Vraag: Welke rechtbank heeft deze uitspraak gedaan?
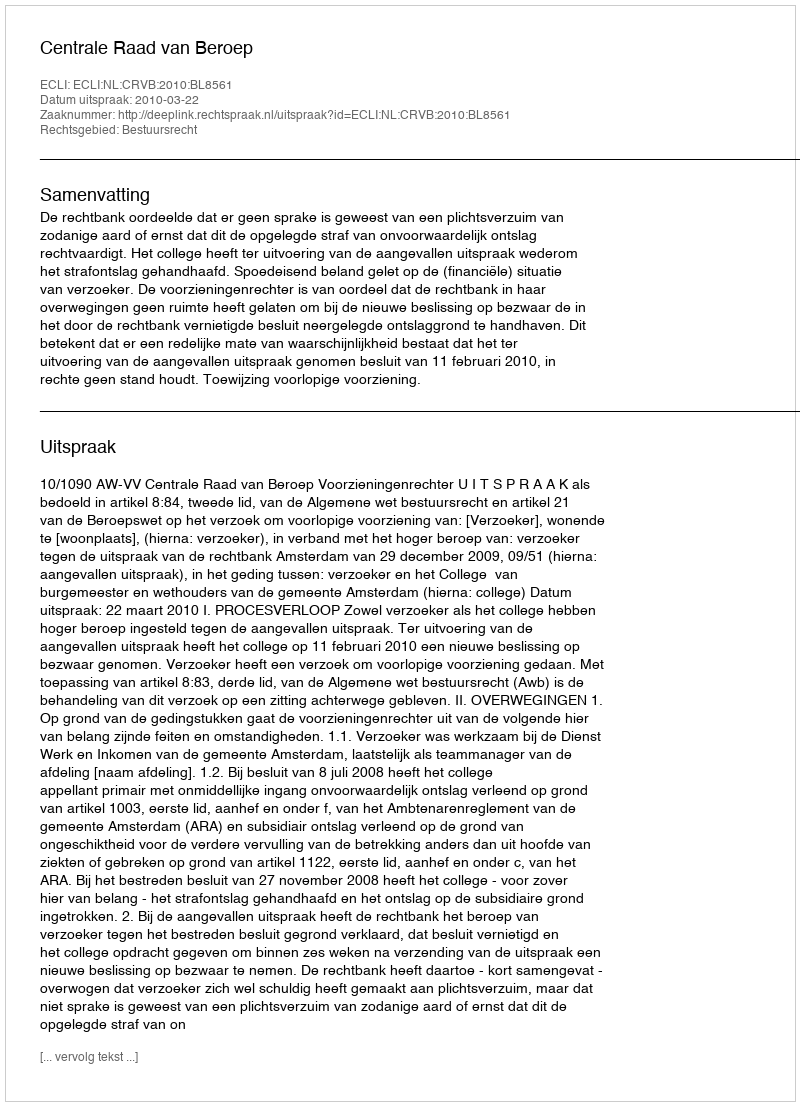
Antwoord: Centrale Raad van Beroep